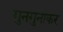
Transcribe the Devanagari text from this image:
गुनगुनाकर